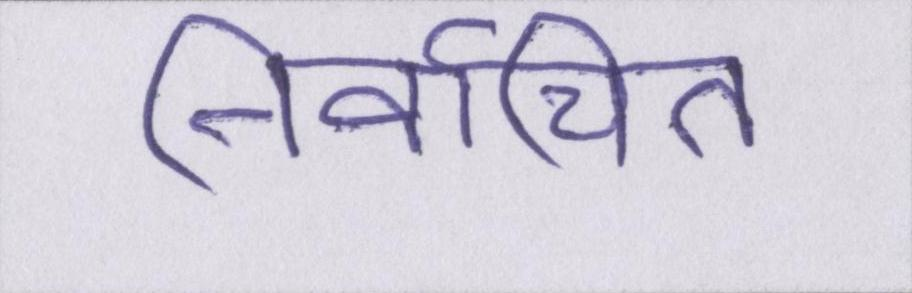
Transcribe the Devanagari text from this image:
निर्वाचित